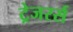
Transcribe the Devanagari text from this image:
ट्रेजरर्स